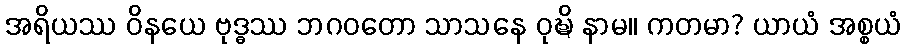
အရိယဿ ဝိနယေ ဗုဒ္ဓဿ ဘဂဝတော သာသနေ ဝုဍ္ဎိ နာမ။ ကတမာ? ယာယံ အစ္စယံ